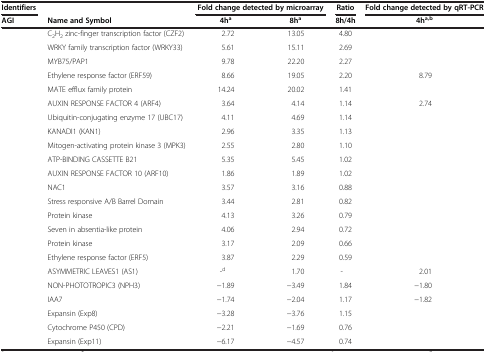
<table><thead><tr><td><b>Identifiers</b></td><td>[EMPTY_CELL]</td><td colspan="2"><b>Fold change detected by microarray</b></td><td><b>Ratio</b></td><td><b>Fold change detected byqRT-PCR</b></td></tr><tr><td><b>AGI</b></td><td><b>Name and Symbol</b></td><td><b>4h<sup>a</sup></b></td><td><b>8h<sup>a</sup></b></td><td><b>8h/4h</b></td><td><b>4h<sup>a,b</sup></b></td></tr></thead><tbody><tr><td>[EMPTY_CELL]</td><td>C<sub>2</sub>H<sub>2</sub> zinc-finger transcription factor (CZF2)</td><td>2.72</td><td>13.05</td><td>4.80</td><td>[EMPTY_CELL]</td></tr><tr><td>[EMPTY_CELL]</td><td>WRKY family transcription factor (WRKY33)</td><td>5.61</td><td>15.11</td><td>2.69</td><td>[EMPTY_CELL]</td></tr><tr><td>[EMPTY_CELL]</td><td>MYB75/PAP1</td><td>9.78</td><td>22.20</td><td>2.27</td><td>[EMPTY_CELL]</td></tr><tr><td>[EMPTY_CELL]</td><td>Ethylene response factor (ERF59)</td><td>8.66</td><td>19.05</td><td>2.20</td><td>8.79</td></tr><tr><td>[EMPTY_CELL]</td><td>MATE efflux family protein</td><td>14.24</td><td>20.02</td><td>1.41</td><td>[EMPTY_CELL]</td></tr><tr><td>[EMPTY_CELL]</td><td>AUXIN RESPONSE FACTOR 4 (ARF4)</td><td>3.64</td><td>4.14</td><td>1.14</td><td>2.74</td></tr><tr><td>[EMPTY_CELL]</td><td>Ubiquitin-conjugating enzyme 17 (UBC17)</td><td>4.11</td><td>4.69</td><td>1.14</td><td>[EMPTY_CELL]</td></tr><tr><td>[EMPTY_CELL]</td><td>KANADI1 (KAN1)</td><td>2.96</td><td>3.35</td><td>1.13</td><td>[EMPTY_CELL]</td></tr><tr><td>[EMPTY_CELL]</td><td>Mitogen-activating protein kinase 3 (MPK3)</td><td>2.55</td><td>2.80</td><td>1.10</td><td>[EMPTY_CELL]</td></tr><tr><td>[EMPTY_CELL]</td><td>ATP-BINDING CASSETTE B21</td><td>5.35</td><td>5.45</td><td>1.02</td><td>[EMPTY_CELL]</td></tr><tr><td>[EMPTY_CELL]</td><td>AUXIN RESPONSE FACTOR 10 (ARF10)</td><td>1.86</td><td>1.89</td><td>1.02</td><td>[EMPTY_CELL]</td></tr><tr><td>[EMPTY_CELL]</td><td>NAC1</td><td>3.57</td><td>3.16</td><td>0.88</td><td>[EMPTY_CELL]</td></tr><tr><td>[EMPTY_CELL]</td><td>Stress responsive A/B Barrel Domain</td><td>3.44</td><td>2.81</td><td>0.82</td><td>[EMPTY_CELL]</td></tr><tr><td>[EMPTY_CELL]</td><td>Protein kinase</td><td>4.13</td><td>3.26</td><td>0.79</td><td>[EMPTY_CELL]</td></tr><tr><td>[EMPTY_CELL]</td><td>Seven in absentia-like protein</td><td>4.06</td><td>2.94</td><td>0.72</td><td>[EMPTY_CELL]</td></tr><tr><td>[EMPTY_CELL]</td><td>Protein kinase</td><td>3.17</td><td>2.09</td><td>0.66</td><td>[EMPTY_CELL]</td></tr><tr><td>[EMPTY_CELL]</td><td>Ethylene response factor (ERF5)</td><td>3.87</td><td>2.29</td><td>0.59</td><td>[EMPTY_CELL]</td></tr><tr><td>[EMPTY_CELL]</td><td>ASYMMETRIC LEAVES1 (AS1)</td><td>-<sup>d</sup></td><td>1.70</td><td>-</td><td>2.01</td></tr><tr><td>[EMPTY_CELL]</td><td>NON-PHOTOTROPIC3 (NPH3)</td><td>−1.89</td><td>−3.49</td><td>1.84</td><td>−1.80</td></tr><tr><td>[EMPTY_CELL]</td><td>IAA7</td><td>−1.74</td><td>−2.04</td><td>1.17</td><td>−1.82</td></tr><tr><td>[EMPTY_CELL]</td><td>Expansin (Exp8)</td><td>−3.28</td><td>−3.76</td><td>1.15</td><td>[EMPTY_CELL]</td></tr><tr><td>[EMPTY_CELL]</td><td>Cytochrome P450 (CPD)</td><td>−2.21</td><td>−1.69</td><td>0.76</td><td>[EMPTY_CELL]</td></tr><tr><td>[EMPTY_CELL]</td><td>Expansin (Exp11)</td><td>−6.17</td><td>−4.57</td><td>0.74</td><td>[EMPTY_CELL]</td></tr></tbody></table>